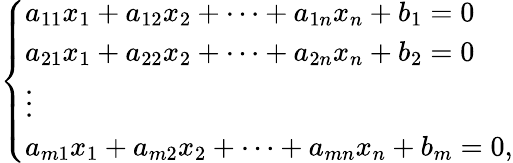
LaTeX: {\left\{ \begin{array}{ll}{a_{11}x_{1}+a_{12}x_{2}+\dots+a_{1n}x_{n}+b_{1}=0}\\ {a_{21}x_{1}+a_{22}x_{2}+\dots+a_{2n}x_{n}+b_{2}=0}\\ {\vdots}\\ {a_{m1}x_{1}+a_{m2}x_{2}+\dots+a_{mn}x_{n}+b_{m}=0,}\end{array}\right.}